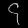
Digit: ၄